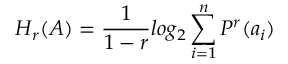
H _ { r } ( A ) = { \frac { 1 } { 1 - r } } l o g _ { 2 } \sum _ { i = 1 } ^ { n } P ^ { r } ( a _ { i } )